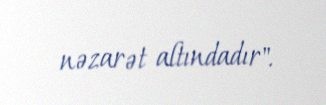
nəzarət altındadır".